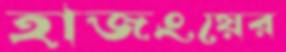
হাজংয়ের